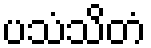
ပသံသိတံ